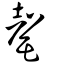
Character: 罄